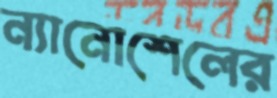
ন্যানোশেলের